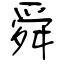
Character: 舜